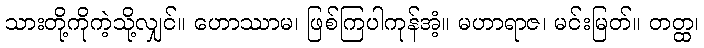
သားတို့ကိုကဲ့သို့လျှင်။ ဟောဿာမ၊ ဖြစ်ကြပါကုန်အံ့။ မဟာရာဇ၊ မင်းမြတ်။ တတ္ထ၊